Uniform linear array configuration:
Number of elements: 48
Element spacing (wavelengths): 0.75
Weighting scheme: binomial
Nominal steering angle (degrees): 15
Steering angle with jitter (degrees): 13.497
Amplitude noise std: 0.05
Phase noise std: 0.05

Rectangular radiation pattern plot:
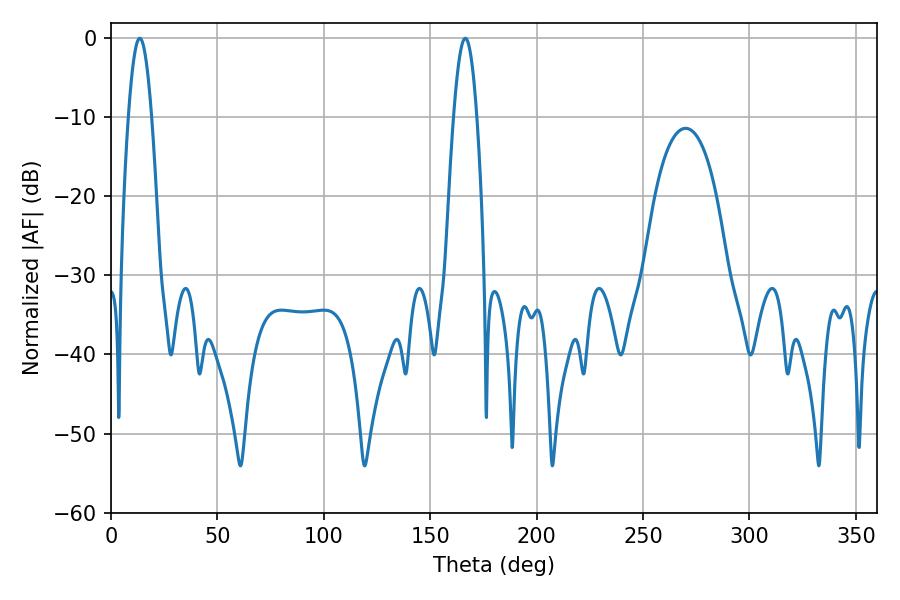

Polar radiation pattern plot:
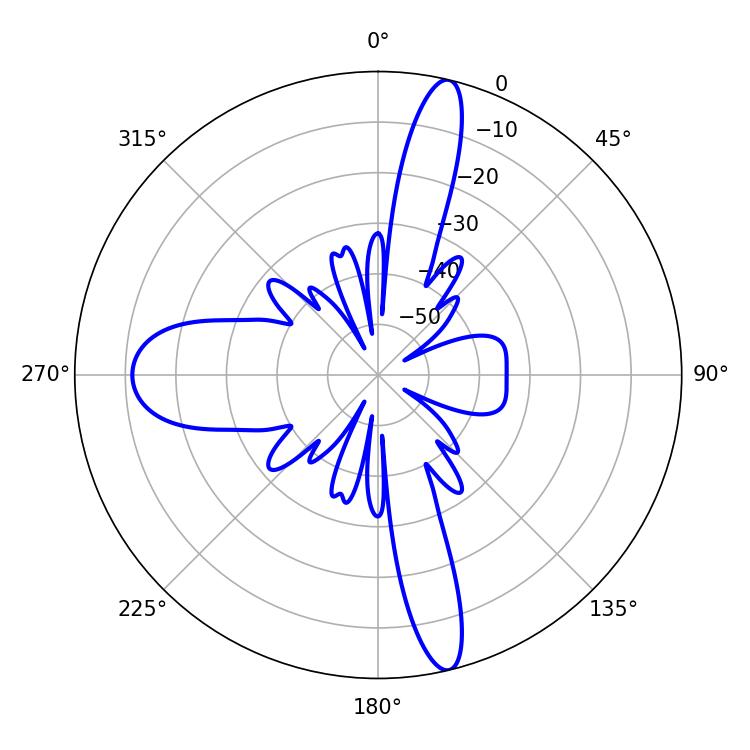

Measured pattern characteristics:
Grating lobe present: TRUE
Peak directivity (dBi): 18.346
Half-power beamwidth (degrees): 5.94
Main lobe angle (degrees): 13.5